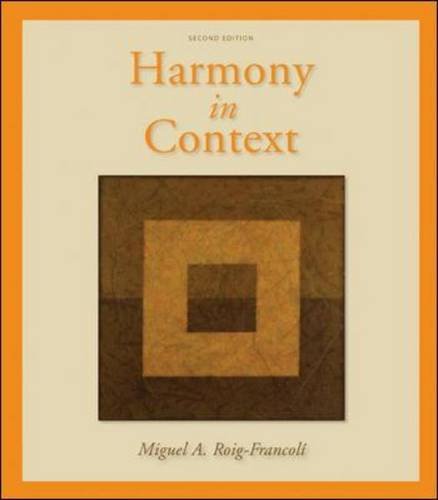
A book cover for Harmony in Context; Miguel Roig-Francoli; Arts & Photography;